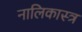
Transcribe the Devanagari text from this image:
नालिकास्‍त्र